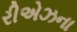
રીએઝના